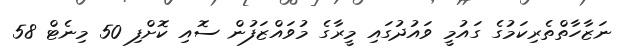
ނަޒާހާތްތެރިކަމުގެ ގައުމީ ވައުދުގައި މީރާގެ މުވައްޒަފުން ސޮއި ކޮށްފި 50 މިނެޓް 58